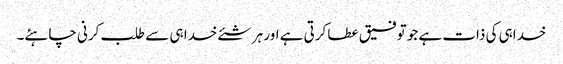
خداہی کی ذات ہے جو توفیق عطا کرتی ہے اور ہر شئے خدا ہی سے طلب کرنی چاہئے۔